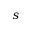
s